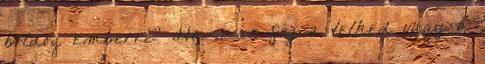
boldog emberré" Ha már fáj a lelked vagy a